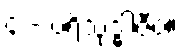
၄ - ပရိသုဒ္ဓါဇီဝ။